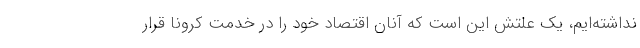
نداشته‌ایم، یک علتش این است که آنان اقتصاد خود را در خدمت کرونا قرار